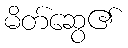
မိတ်ဆွေ၏